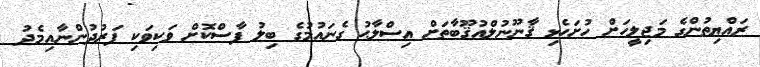
ރައްޔިތުންގެ މަޖިލީހަށް ހުށަހެޅި ޤާނޫނުލްއުޤޫބާތަށް އިސްލާޙު ގެނައުމުގެ ބިލު ފާސްކޮށް ވަކިވަކި ފަރުދުންނާއިމެދު